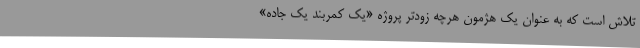
تلاش است که به عنوان یک هژمون هرچه زودتر پروژه «یک کمربند یک جاده»